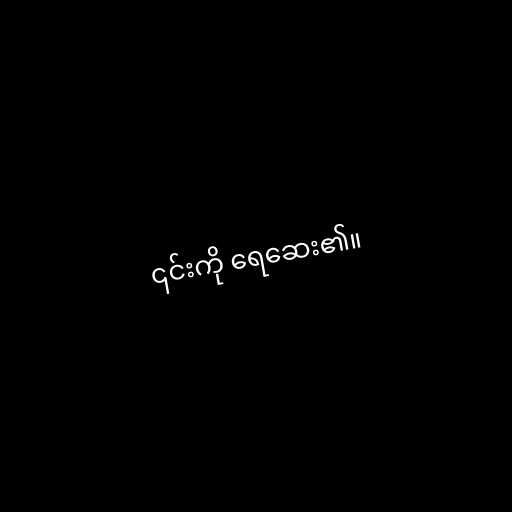
၎င်းကို ရေဆေး၏။